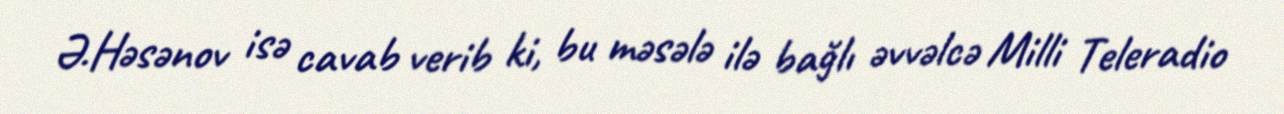
Ə.Həsənov isə cavab verib ki, bu məsələ ilə bağlı əvvəlcə Milli Teleradio